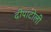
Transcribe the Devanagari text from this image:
दीपाटोली